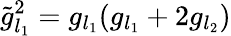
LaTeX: \tilde{g}_{l_{1}}^{2}=g_{l_{1}}(g_{l_{1}}+2g_{l_{2}})